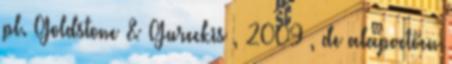
pl. Goldstone & Gureckis , 2009 , de alapvetően